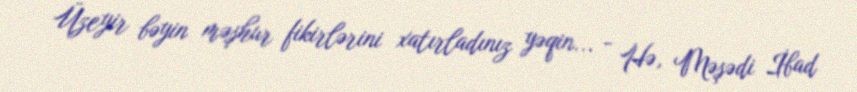
Üzeyir bəyin məşhur fikirlərini xatırladınız yəqin... - Hə, Məşədi İbad